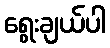
ရွေးချယ်ပါ